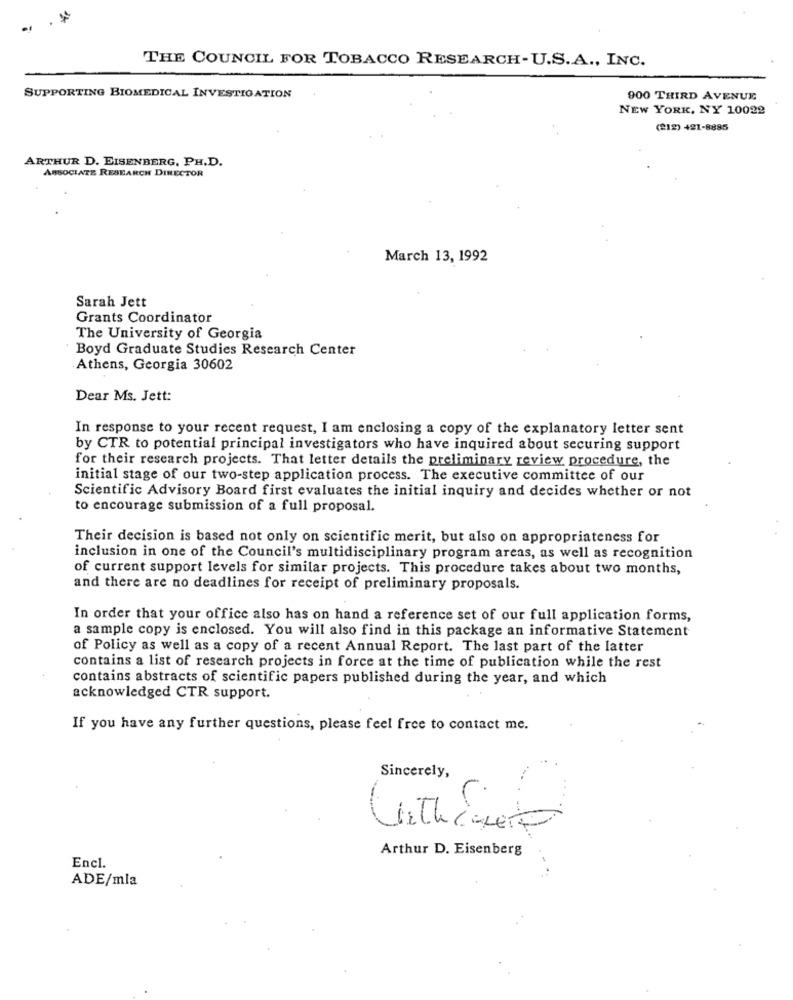
.1
THE COUNCIL FOR TOBACCO RESEARCH-U.S.A ., INC.
SUPPORTING BIOMEDICAL INVESTIGATION
900 THIRD AVENUE
NEW YORK, NY 10022
(212) 421-8885
ARTHUR D. EISENBERG, PH.D.
ASSOCIATE RESEARCH DIRECTOR
March 13, 1992
Sarah Jett
Grants Coordinator
The University of Georgia
Boyd Graduate Studies Research Center
Athens, Georgia 30602
Dear Ms. Jett:
In response to your recent request, I am enclosing a copy of the explanatory letter sent
by CTR to potential principal investigators who have inquired about securing support
for their research projects. That letter details the preliminary review procedure, the
initial stage of our two-step application process. The executive committee of our
Scientific Advisory Board first evaluates the initial inquiry and decides whether or not
to encourage submission of a full proposal.
Their decision is based not only on scientific merit, but also on appropriateness for
inclusion in one of the Council's multidisciplinary program areas, as well as recognition
of current support levels for similar projects. This procedure takes about two months,
and there are no deadlines for receipt of preliminary proposals.
In order that your office also has on hand a reference set of our full application forms,
a sample copy is enclosed. You will also find in this package an informative Statement
of Policy as well as a copy of a recent Annual Report. The last part of the latter
contains a list of research projects in force at the time of publication while the rest
contains abstracts of scientific papers published during the year, and which
acknowledged CTR support.
If you have any further questions, please feel free to contact me.
Sincerely,
Arthur D. Eisenberg
Encl.
ADE/mla